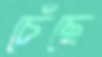
চেঁছে